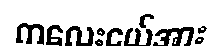
ကလေးငယ်အား